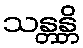
သန္တန္တိ